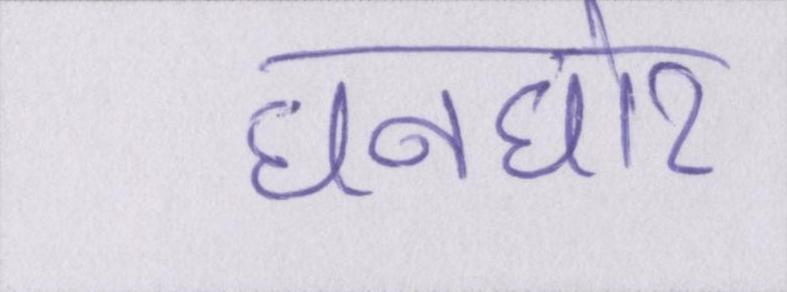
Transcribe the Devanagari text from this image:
घनघोर